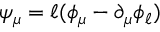
\psi _ { \mu } = \ell ( \phi _ { \mu } - \partial _ { \mu } \phi _ { \ell } )